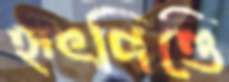
হৃৎপিণ্ডে